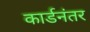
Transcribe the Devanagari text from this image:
कार्डनंतर